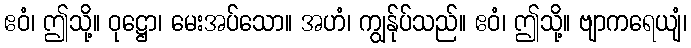
ဧဝံ၊ ဤသို့။ ဝုဋ္ဌော၊ မေးအပ်သော။ အဟံ၊ ကျွန်ုပ်သည်။ ဧဝံ၊ ဤသို့။ ဗျာကရေယျံ၊